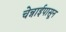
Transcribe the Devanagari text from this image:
चेन्नाईपासून